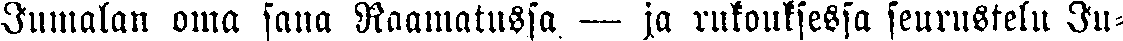
Jumalan oma sana Raamatussa — ja rukouksessa seurustelu Ju-